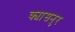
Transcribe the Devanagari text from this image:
क्यासनुर